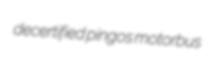
decertified pingos motorbus